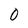
Character: 0